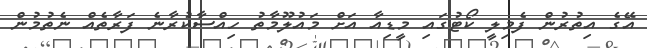
އޭގެ އިތުރުން ފެމިލީ ކޯޓުގައި މީޑިއާ އަށް މައުލޫމާތު ހިއްސާކުރާނެ ފަރާތެއް ނެތުމުން